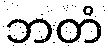
ဘတံ